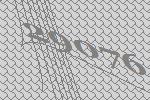
29076